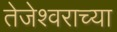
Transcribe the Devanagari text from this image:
तेजेश्वराच्या